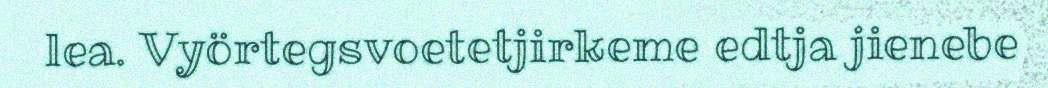
lea. Vyörtegsvoetetjirkeme edtja jienebe